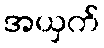
အယှက်